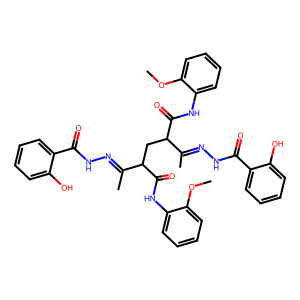
SMILES: COc1ccccc1NC(=O)C(CC(C(=O)Nc1ccccc1OC)C(C)=NNC(=O)c1ccccc1O)C(C)=NNC(=O)c1ccccc1O
Inhibits HIV replication: No